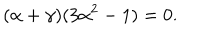
LaTeX: ( \alpha + \gamma ) ( 3 \alpha ^ { 2 } - 1 ) = 0 .